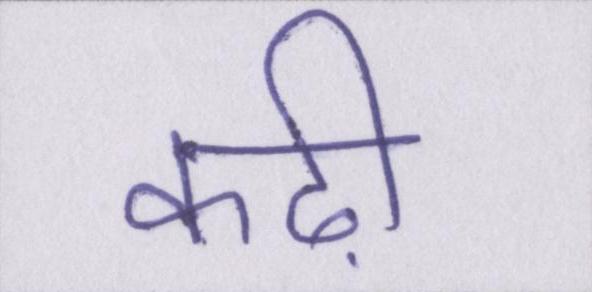
कढ़ी